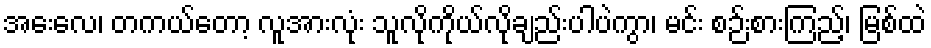
အေးလေ၊ တကယ်တော့ လူအားလုံး သူလိုကိုယ်လိုချည်းပါပဲကွာ၊ မင်း စဉ်းစားကြည့်၊ မြစ်ထဲ